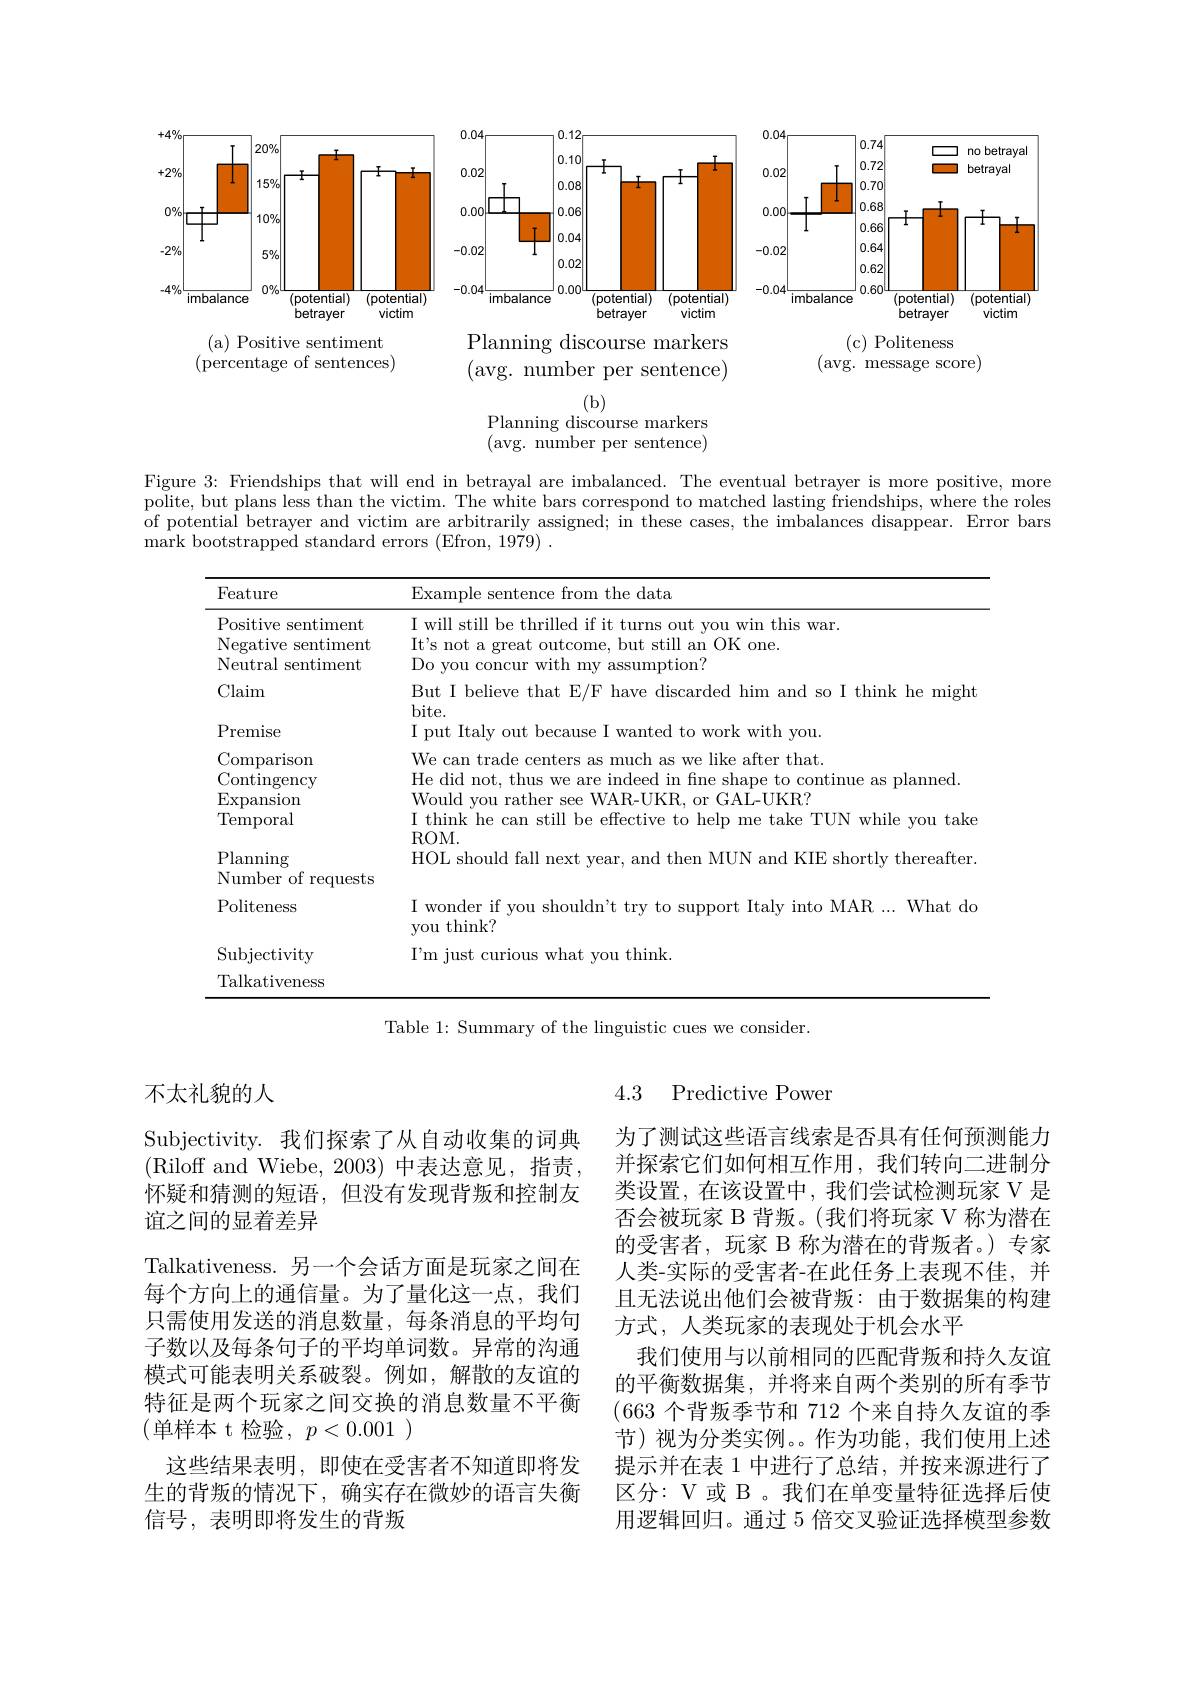
<FigureHere>

Planning discourse markers

(c) Politeness

(avg. message score)

( a) Positive sentiment (percentage of sentences)

(avg. number per sentence)

(b)
Planning discourse markers (avg. number per sentence)

Figure 3: Friendships that will end in betrayal are imbalanced. The eventual betrayer is more positive, more polite, but plans less than the victim. The white bars correspond to matched lasting friendships, where the roles of potential betrayer and victim are arbitrarily assigned; in these cases, the imbalances disappear. Error bars $\hat{\text{mark bootstrapped standard errors }}($Efron, 1979)$\hat{\text{mark bootstrapped standard errors }}($Efron, 1979).

<table>
	<tbody>
		<tr>
			<th>Feature</th>
			<th>Example sentence from the data</th>
		</tr>
		<tr>
			<td>Positive sentiment Negative sentiment Neutral sentiment</td>
			<td>I will still be thrilled if it turns out you win this war. It's not a great outcome, but still an OK one. Do you concur with my assumption?</td>
		</tr>
		<tr>
			<td>Neutral sentiment</td>
			<td>Do vou mth assumptlon!</td>
		</tr>
		<tr>
			<td>Claim</td>
			<td>But I believe that E/F have discarded him and so I think he migh bit</td>
		</tr>
		<tr>
			<td>Premise</td>
			<td>work with you. I put Italy o $011t$ because $t_{0}$</td>
		</tr>
		<tr>
			<td>Comparison</td>
			<td>can after that</td>
		</tr>
		<tr>
			<td>Temporal</td>
			<td>$\textbf{I think}$ ${\mathrm{z~he~can~still~be~effective~to~h}}$ help me take TUN $\textbf{J while you take}$</td>
		</tr>
		<tr>
			<td>Planning</td>
			<td>HOT. shor</td>
		</tr>
		<tr>
			<td>Number of requests</td>
			<td> </td>
		</tr>
		<tr>
			<td>Politeness</td>
			<td>I wonder if you shouldn't try to support Italy into MAR ... What dd you think?</td>
		</tr>
		<tr>
			<td>$\operatorname{Subjectivity}$</td>
			<td>$I^{\prime }$m just you think. curious what</td>
		</tr>
		<tr>
			<td>Talkativeness</td>
			<td> </td>
		</tr>
	</tbody>
</table>
Table 1: Summary of the linguistic cues we consider.

不太礼貌的人

Subjectivity. 我们探索了从自动收集的词典(Riloff and Wiebe, 2003) 中表达意见，指责， 怀疑和猜测的短语，但没有发现背叛和控制友谊之间的显着差异
Talkativeness.另一个会话方面是玩家之间在每个方向上的通信量。为了量化这一点，我们只需使用发送的消息数量，每条消息的平均句子数以及每条句子的平均单词数。异常的沟通模式可能表明关系破裂。例如，解散的友谊的特征是两个玩家之间交换的消息数量不平衡(单样本 t 检验$,p<0.001)$
这些结果表明，即使在受害者不知道即将发生的背叛的情况下，确实存在微妙的语言失衡信号，表明即将发生的背叛

4.3 Predictive Power

为了测试这些语言线索是否具有任何预测能力并探索它们如何相互作用，我们转向二进制分类设置，在该设置中，我们尝试检测玩家 V 是否会被玩家 B 背叛。(我们将玩家 V 称为潜在的受害者，玩家 B 称为潜在的背叛者。)专家人类-实际的受害者-在此任务上表现不佳，并且无法说出他们会被背叛：由于数据集的构建方式，人类玩家的表现处于机会水平
我们使用与以前相同的匹配背叛和持久友谊的平衡数据集，并将来自两个类别的所有季节(663个背叛季节和 712 个来自持久友谊的季节)视为分类实例。作为功能，我们使用上述提示并在表 1 中进行了总结，并按来源进行了区分：V 或 B 。我们在单变量特征选择后使用逻辑回归。通过 5 倍交叉验证选择模型参数